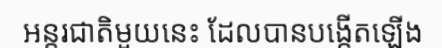
អន្តរជាតិមួយនេះ ដែលបានបង្កើតឡើង